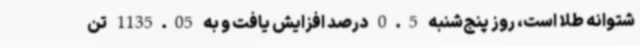
شتوانه طلا است، روز پنج‌شنبه 0.5 درصد افزایش یافت و به 1135.05 تن